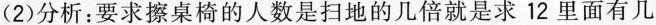
(2)分析：要求擦桌椅的人数是扫地的几倍就是求12里面有几